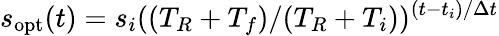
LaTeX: s_{\mathrm{opt}}(t)=s_{i}((T_{R}+T_{f})/(T_{R}+T_{i}))^{(t-t_{i})/\Delta t}